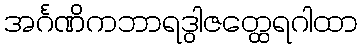
အင်္ဂဏိကဘာရဒွါဇတ္ထေရဂါထာ